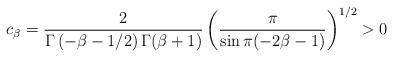
LaTeX: \begin{align*}c_\beta= \frac {2}{\Gamma\left(-\beta-1/ 2\right )\Gamma(\beta+1)} \left (\frac {\pi} {\sin\pi(-2\beta-1)}\right)^{1/2}>0\end{align*}